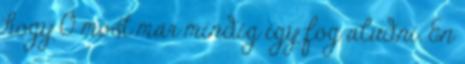
hogy Ő most már mindig így fog aludni. Én